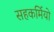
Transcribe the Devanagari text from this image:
सहकर्मियो